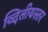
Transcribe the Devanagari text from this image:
व्दितीयस्तर